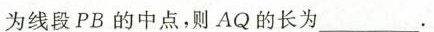
为线段PB的中点，则AQ的长为________.